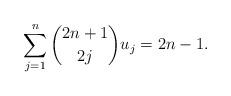
LaTeX: \begin{align*} \sum_{j=1}^n \binom{2n+1}{2j}u_j = 2n-1. \end{align*}